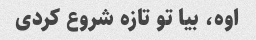
اوه، بیا تو تازه شروع کردی